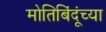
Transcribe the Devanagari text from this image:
मोतिबिंदूंच्या